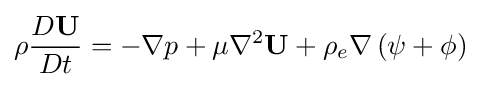
\rho {\frac {D\mathbf {U} }{Dt}}=-\nabla p+\mu \nabla ^{2}\mathbf {U} +\rho _{e}\nabla \left(\psi +\phi \right)